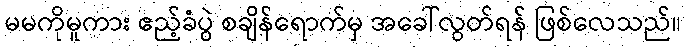
မမကိုမူကား ဧည့်ခံပွဲ စချိန်ရောက်မှ အခေါ်လွတ်ရန် ဖြစ်လေသည်။